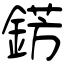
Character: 錺